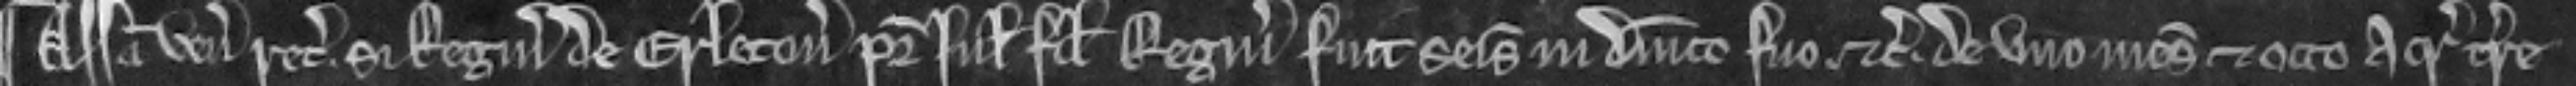
¶ Assisa venit recognitura si Reginaldus de Erleton pater Juliane filie Reginaldi fuit seisitus in dominico suo etc. de uno mesuagio et octo acris terre